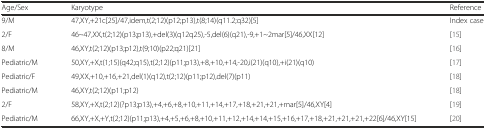
<table><thead><tr><td><b>Age/Sex</b></td><td><b>Karyotype</b></td><td><b>Reference</b></td></tr></thead><tbody><tr><td>9/M</td><td>47,XY,+21c[25]/47,idem,t(2;12)(p12;p13),t(8;14)(q11.2;q32)[5]</td><td>Index case</td></tr><tr><td>2/F</td><td>46~47,XX,t(2;12)(p13;p13),+del(3)(q12q25),-5,del(6)(q21),-9,+1~2mar[5]/46,XX[12]</td><td>[15]</td></tr><tr><td>8/M</td><td>46,XY,t(2;12)(p13;p12),t(9;10)(p22;q21)[21]</td><td>[16]</td></tr><tr><td>Pediatric/M</td><td>50,XY,+X,t(1;15)(q42;q15),t(2;12)(p11;p13),+8,+10,+14,-20,i(21)(q10),+i(21)(q10)</td><td>[17]</td></tr><tr><td>Pediatric/F</td><td>49,XX,+10,+16,+21,del(1)(q12),t(2;12)(p11;p12),del(7)(p11)</td><td>[18]</td></tr><tr><td>Pediatric/M</td><td>46,XY,t(2;12)(p11;p12)</td><td>[18]</td></tr><tr><td>2/F</td><td>58,XY,+X,t(2;12)(?p13;p13),+4,+6,+8,+10,+11,+14,+17,+18,+21,+21,+mar[5]/46,XY[4]</td><td>[19]</td></tr><tr><td>Pediatric/M</td><td>66,XY,+X,+Y,t(2;12)(p11;p13),+4,+5,+6,+8,+10,+11,+12,+14,+14,+15,+16,+17,+18,+21,+21,+21,+22[6]/46,XY[15]</td><td>[20]</td></tr></tbody></table>